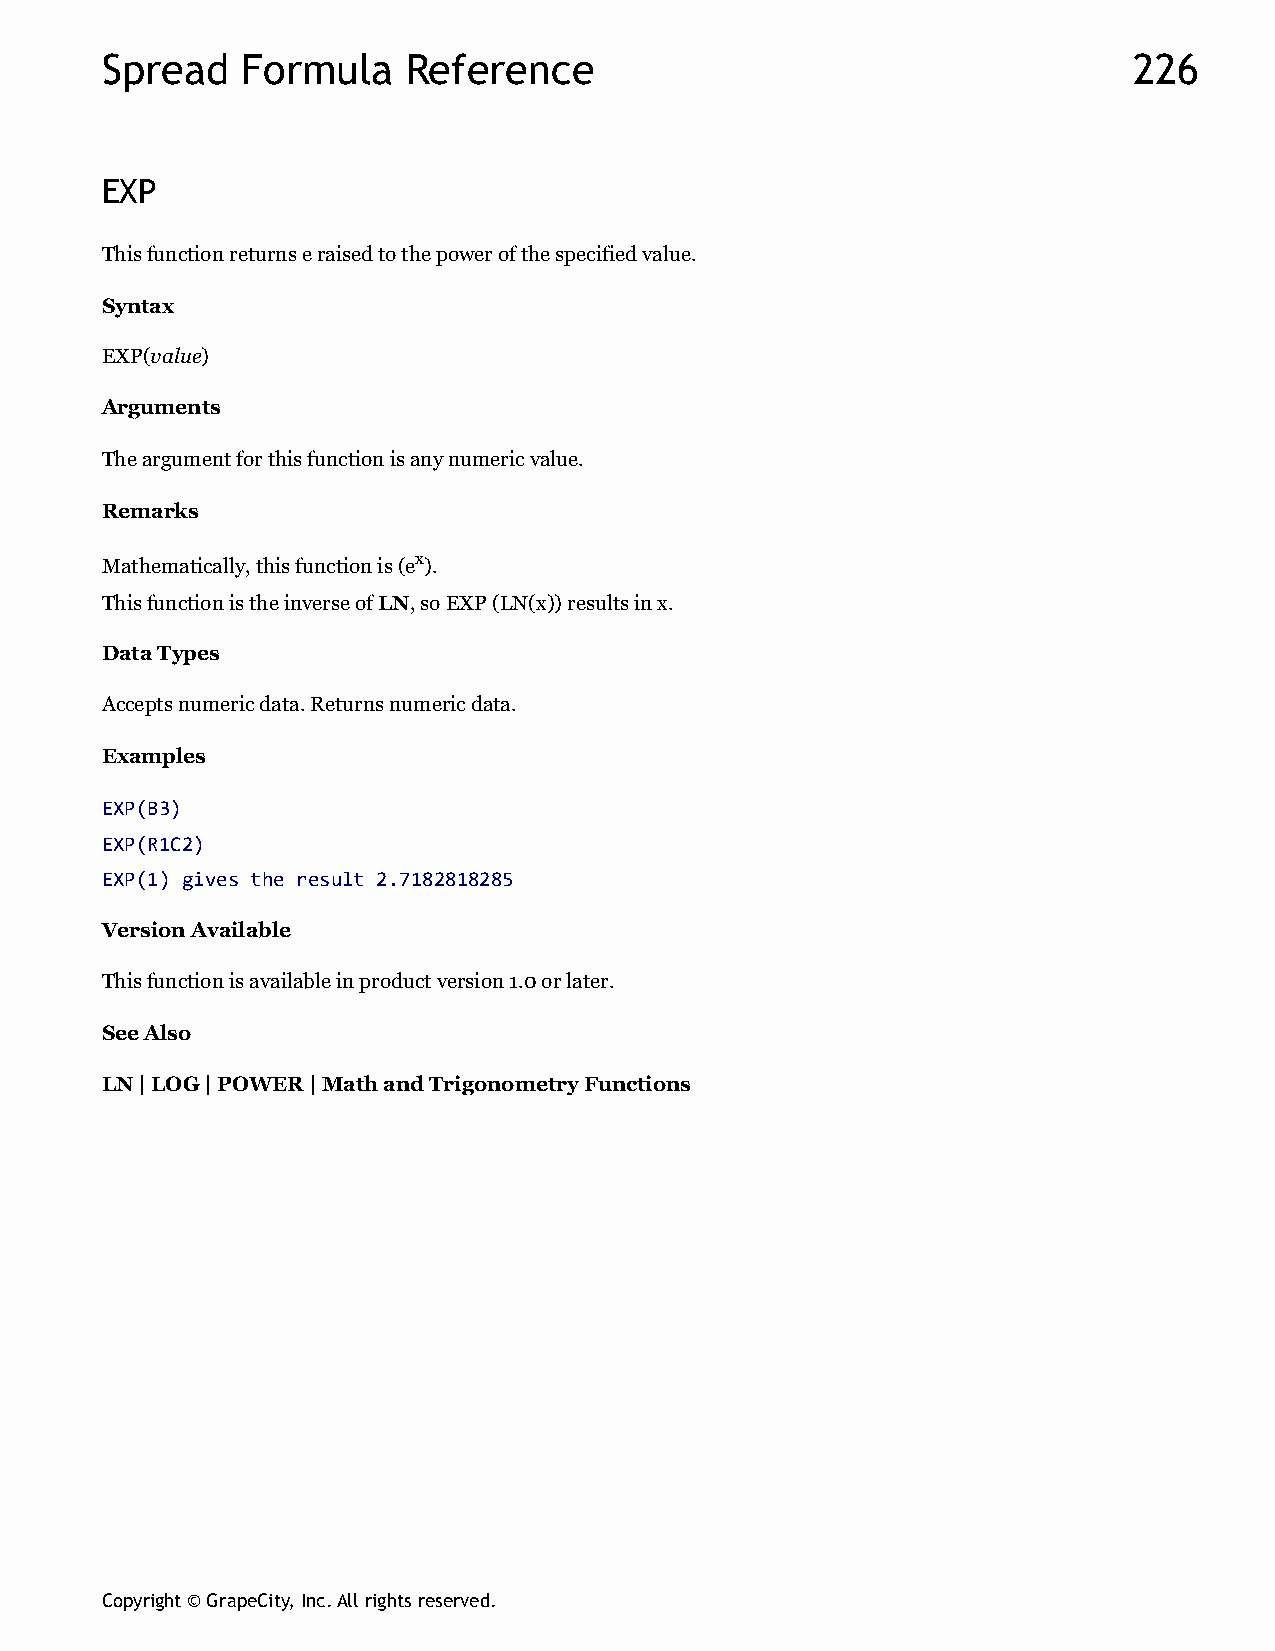
Spread   Formula    Reference                                       226
 EXP
 This function returns e raised to the power of the specified value.
 Syntax
 EXP(value)
 Arguments
 The argument for this function is any numeric value.
 Remarks
 Mathematically, this function is (ex).
 This function is the inverse of LN, so EXP (LN(x)) results in x.
 Data Types
 Accepts numeric data. Returns numeric data.
 Examples
 EXP(B3)
 EXP(R1C2)
 EXP(1) gives the result 2.7182818285
 Version Available
 This function is available in product version 1.0 or later.
 See Also
 LN | LOG | POWER | Math and Trigonometry Functions
 Copyright © GrapeCity, Inc. All rights reserved.